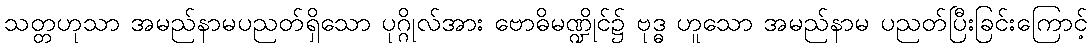
သတ္တဟုသာ အမည်နာမပညတ်ရှိသော ပုဂ္ဂိုလ်အား ဗောဓိမဏ္ဍိုင်၌ ဗုဒ္ဓ ဟူသော အမည်နာမ ပညတ်ပြီးခြင်းကြောင့်